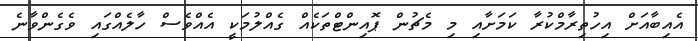
އެއިބާއަށް އިހުތިރާމްކުރާ ކަމަށާއި މި މެޗުން ޕޮއިންޓްތަކެއް ގެއްލުމަކީ އެއްވެސް ހާލެއްގައި ވެގެންވާނެ